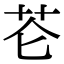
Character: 𰰨